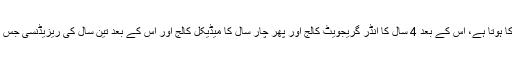
امریکہ میں ہائی اسکول 12 سال کا ہوتا ہے، اس کے بعد 4 سال کا انڈر گریجویٹ کالج اور پھر چار سال کا میڈیکل کالج اور اس کے بعد تین سال کی ریزیڈنسی جس میں تنخواہ ملنا شروع ہوجاتی ہے۔